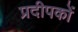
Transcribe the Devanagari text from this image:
प्रदीपकों